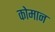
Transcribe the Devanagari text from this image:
कोमान